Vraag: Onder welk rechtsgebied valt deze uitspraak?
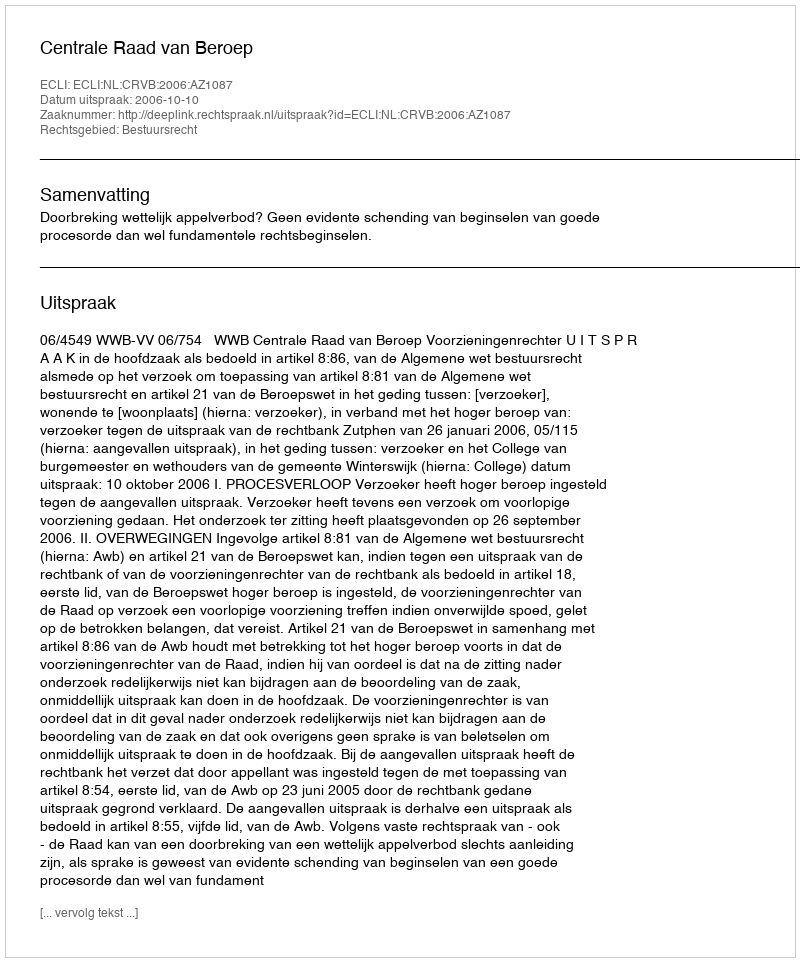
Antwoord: Bestuursrecht